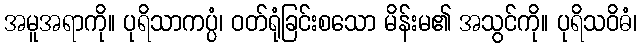
အမူအရာကို။ ပုရိသာကပ္ပံ၊ ဝတ်ရုံခြင်းစသော မိန်းမ၏ အသွင်ကို။ ပုရိသဝိဓံ၊